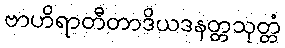
ဗာဟိရာတီတာဒိယဒနတ္တသုတ္တံ